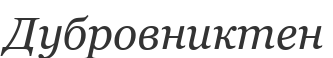
Дубровниктен